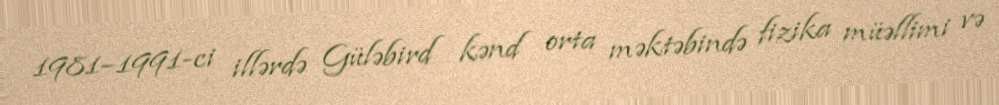
1981–1991-ci illərdə Güləbird kənd orta məktəbində fizika müəllimi və